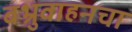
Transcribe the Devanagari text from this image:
बभ्रुवाहनचा